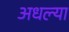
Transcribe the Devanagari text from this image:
अधल्या